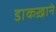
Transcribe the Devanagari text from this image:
डाकख़ाने